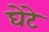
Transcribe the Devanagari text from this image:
घेटे